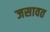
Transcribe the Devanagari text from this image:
जसावत